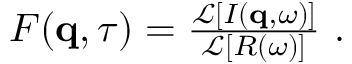
\begin{array} { r } { F ( \mathbf { q } , \tau ) = \frac { \mathcal { L } \left[ I ( \mathbf { q } , \omega ) \right] } { \mathcal { L } \left[ R ( \omega ) \right] } \ . } \end{array}